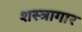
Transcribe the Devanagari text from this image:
शस्‍त्रागार